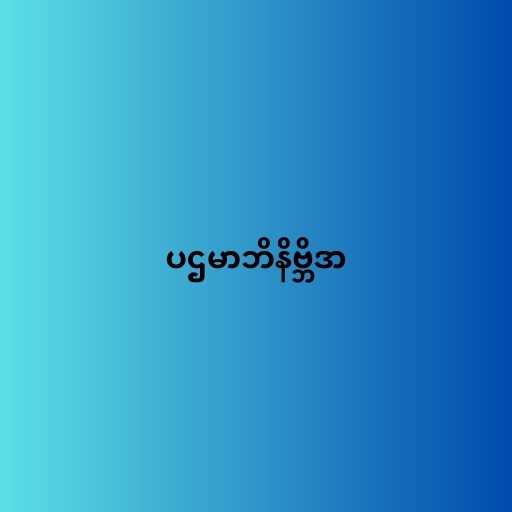
ပဌမာဘိနိဗ္ဘိဒာ